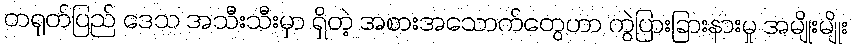
တရုတ်ပြည် ဒေသ အသီးသီးမှာ ရှိတဲ့ အစားအသောက်တွေဟာ ကွဲပြားခြားနားမှု အမျိုးမျိုး